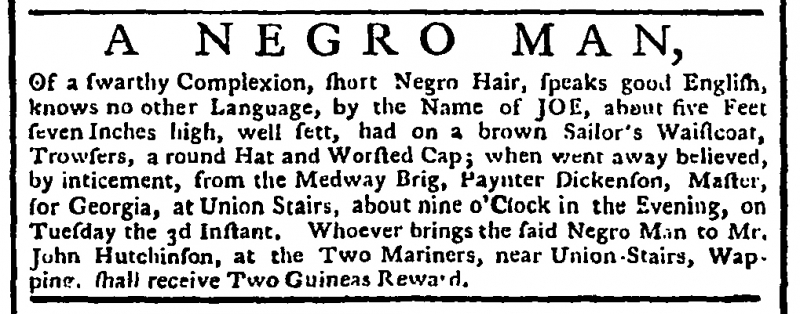
Gazetteer and London Daily Advertiser, 5 April 1759 (England)
         A     N  E  G  R  O   M  A  N,Of a swarthy Complexion, short Negro Hair, speaks good English, knows no other Language, by the Name of JOE, about five Feet seven Inches high, well sett, had on a brown Sailor’s Waistcoat, Trowsers, a round Hat and Worsted Cap; when went away believed, by inticement, from the Medway Brig, Paynter Dickenson, Master, for Georgia, at Union Stairs, about nine o’Clock in the Evening, on Tuesday the 3d Instant. Whoever brings the said Negro Man to Mr. John Hutchinson, at the Two Mariners, near Union Stairs, Wapping, shall receive Two Guineas Reward.